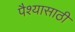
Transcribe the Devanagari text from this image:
पैश्यासाठी